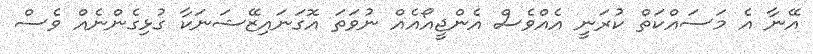
އޭނާ އެ މަސައްކަތް ކުރަނީ އެއްވެސް އެންޖީއޯއެއް ނުވަތަ އޮގަނައިޒޭޝަނަކާ ގުޅިގެންނެއް ވެސް